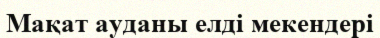
Мақат ауданы елді мекендері